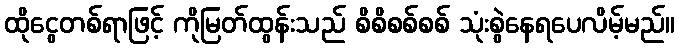
ထိုငွေတစ်ရာဖြင့် ကိုမြတ်ထွန်းသည် စိစိစစ်စစ် သုံးစွဲနေရပေလိမ့်မည်။